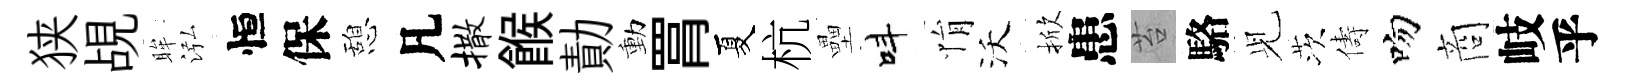
狭覘眸泓恒保憩凡撒餱勣動罥夏杭壘呌悁沃掀患苔駱𫤗茨儔吻商岐乎